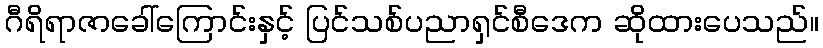
ဂီရိရာဇာခေါ်ကြောင်းနှင့် ပြင်သစ်ပညာရှင်စီဒေက ဆိုထားပေသည်။